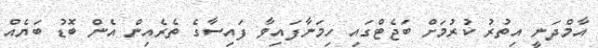
އާމްދަނީ އިތުރު ކުރުމަށް ބަޖެޓްގައި ހިމަނާފައިވާ ފައިސާގެ ތެރެއިން އެން ބޮޑު ބަޔެއް